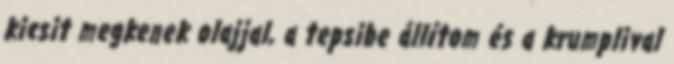
kicsit megkenek olajjal, a tepsibe állítom és a krumplival